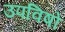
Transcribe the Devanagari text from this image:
उपविषों